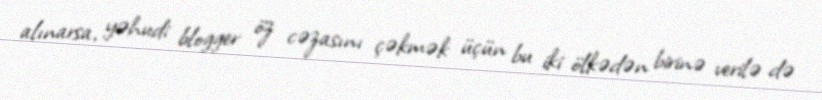
alınarsa, yəhudi blogger öz cəzasını çəkmək üçün bu iki ölkədən birinə verilə də